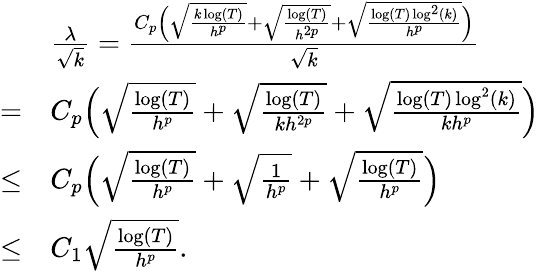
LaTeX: \begin{array}{rl}&{\frac{\lambda}{\sqrt{k}}=\frac{C_{p}\Big(\sqrt{\frac{k\log(T)}{h^{p}}}+\sqrt{\frac{\log(T)}{h^{2p}}}+\sqrt{\frac{\log(T)\log^{2}(k)}{h^{p}}}\Big)}{\sqrt{k}}}\\ {=}&{C_{p}\Big(\sqrt{\frac{\log(T)}{h^{p}}}+\sqrt{\frac{\log(T)}{kh^{2p}}}+\sqrt{\frac{\log(T)\log^{2}(k)}{kh^{p}}}\Big)}\\ {\le}&{C_{p}\Big(\sqrt{\frac{\log(T)}{h^{p}}}+\sqrt{\frac{1}{h^{p}}}+\sqrt{\frac{\log(T)}{h^{p}}}\Big)}\\ {\le}&{C_{1}\sqrt{\frac{\log(T)}{h^{p}}}.}\end{array}